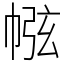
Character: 㡉